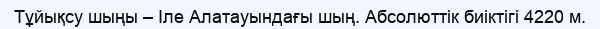
Тұйықсу шыңы – Іле Алатауындағы шың. Абсолюттік биіктігі 4220 м.